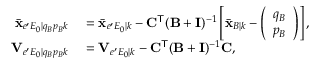
\begin{array} { r l } { \bar { \mathbf { x } } _ { e ^ { \prime } E _ { 0 } | q _ { B } p _ { B } k } } & { { } = \bar { \mathbf { x } } _ { e ^ { \prime } E _ { 0 } | k } - \mathbf { C } ^ { \mathsf { T } } ( \mathbf { B } + \mathbf { I } ) ^ { - 1 } \left[ \bar { \mathbf { x } } _ { B | k } - \left( \begin{array} { l } { q _ { B } } \\ { p _ { B } } \end{array} \right) \right] , } \\ { \mathbf { V } _ { e ^ { \prime } E _ { 0 } | q _ { B } p _ { B } k } } & { { } = \mathbf { V } _ { e ^ { \prime } E _ { 0 } | k } - \mathbf { C } ^ { \mathsf { T } } ( \mathbf { B } + \mathbf { I } ) ^ { - 1 } \mathbf { C } , } \end{array}